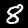
Digit: 8